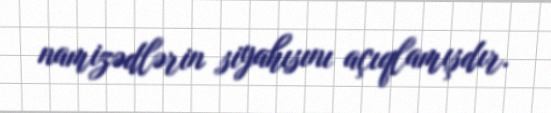
namizədlərin siyahısını açıqlamışdır.